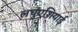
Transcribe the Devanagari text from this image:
लघुएशियाई